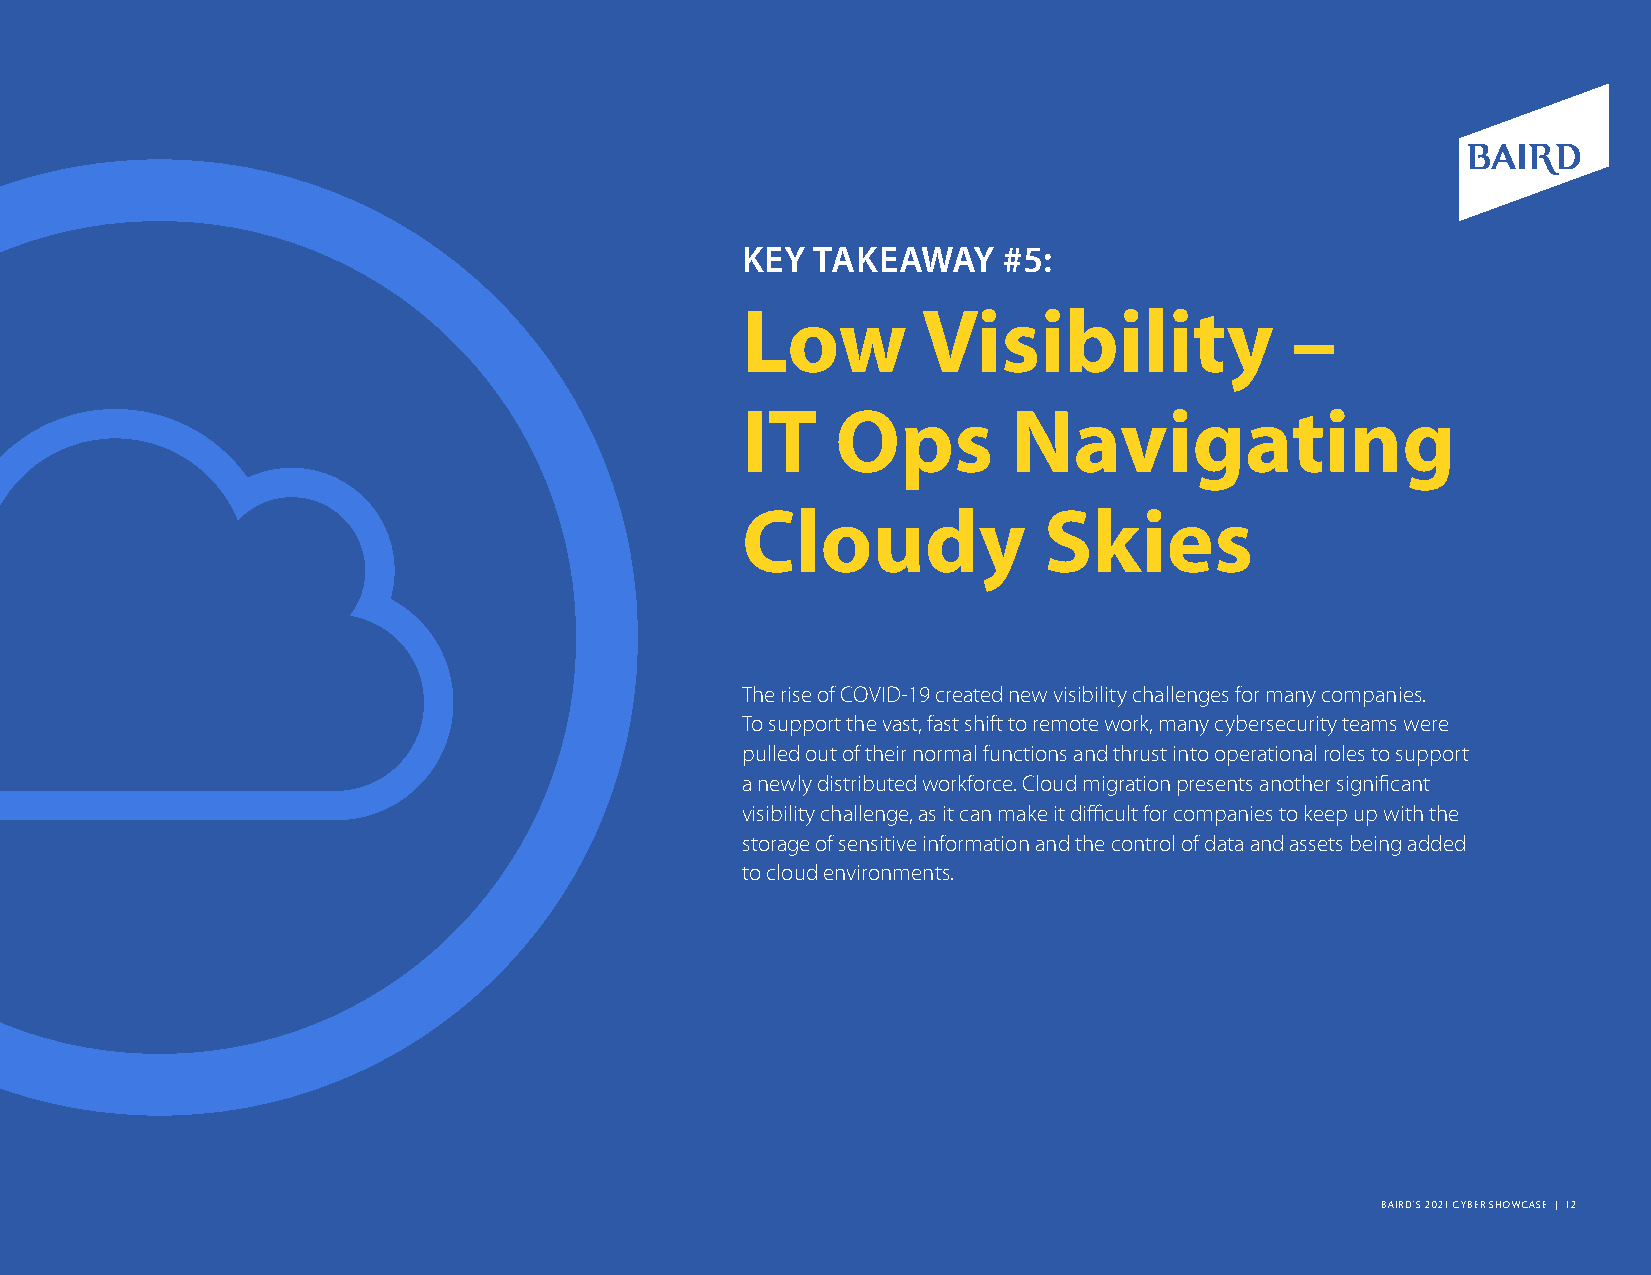
KEY  TAKEAWAY    #5:
 Low         Visibility              –
 IT    Ops         Navigating
 Cloudy              Skies
 The rise of COVID-19 created new visibility challenges for many companies.
 To support the vast, fast shift to remote work, many cybersecurity teams were
 pulled out of their normal functions and thrust into operational roles to support
 a newly distributed workforce. Cloud migration presents another significant
 visibility challenge, as it can make it difficult for companies to keep up with the
 storage of sensitive information and the control of data and assets being added
 to cloud environments.
 BAIRD’S 2021 CYBER SHOWCASE | 12